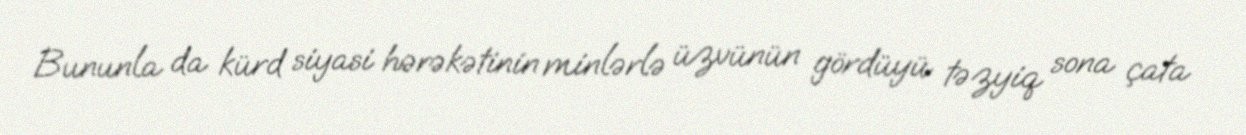
Bununla da kürd siyasi hərəkətinin minlərlə üzvünün gördüyü təzyiq sona çata